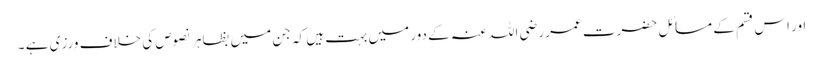
اور اس قسم کے مسائل حضرت عمر رضی اللہ عنہ کے دور میں بہت ہیں کہ جن میں بظاہر نصوص کی خلاف ورزی ہے ۔